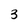
Character: 3